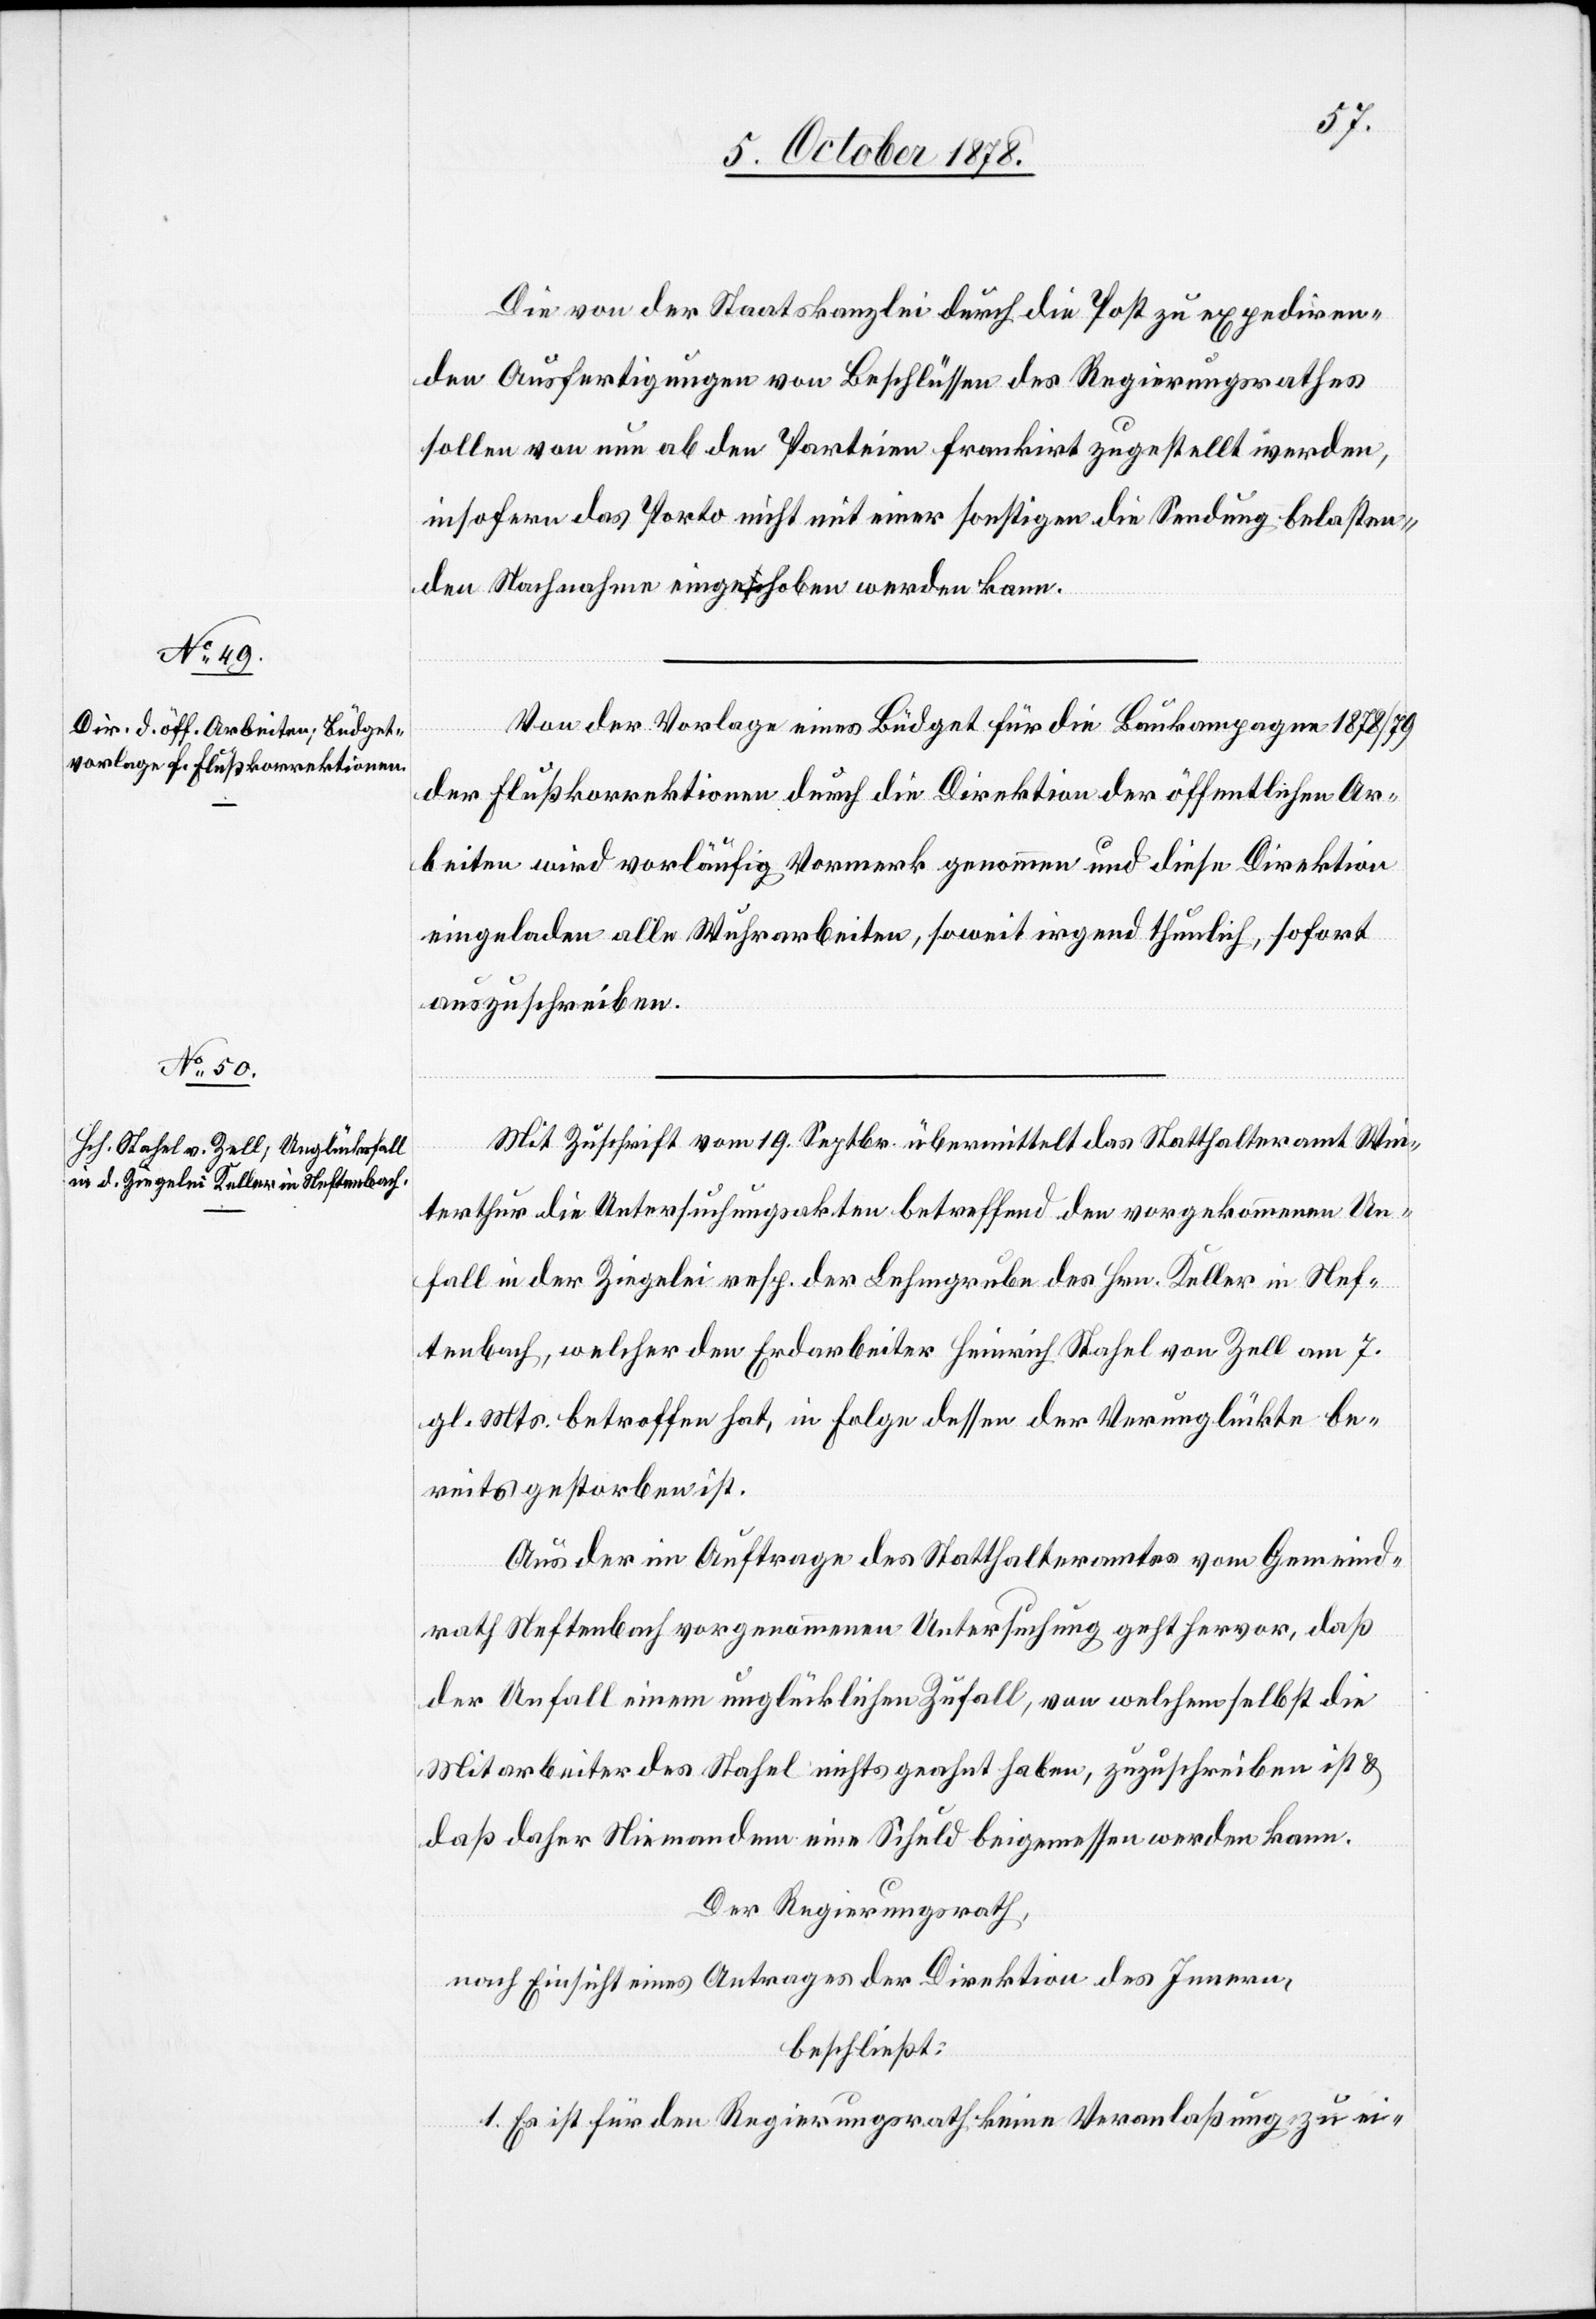
Die von der Staatskanzlei durch die Post zu expediren¬
den Ausfertigungen von Beschlüssen des Regierungsrathes
sollen von nun ab den Parteien frankrit zugestellt werden,
insofern das Porto nicht mit einer sonstigen die Sendung belasten¬
den Nachnahme eingeschoben werden kann.
Von der Vorlage eines Büdget für die Baukampagne 1878/79
der Flußkorrektionen durch die Direktion der öffentlichen Ar¬
beiten wird vorläufig Vormerk genommen und diese Direktion
eingeladen alle Wuhrarbeiten, soweit irgend thunlich, sofort
auszuschreiben.
Mit Zuschrift vom 19. Septbr. übermittelt das Statthalteramt Win¬
terthur die Untersuchungsakten betreffend den vorgekommenen Un¬
fall in der Ziegelei resp. der Lehmgrube des Hrn. Keller in Nef¬
tenbach, welcher den Erdarbeiter Heinrich Stahel von Zell am 7.
gl. Mts. betroffen hat, in Folge dessen der Verunglückte be¬
reits gestorben ist.
Aus der im Auftrage des Statthalteramtes vom Gemeind¬
rath Neftenbach vorgenommenen Untersuchung geht hervor, daß
der Unfall einem unglücklichen Zufall, von welchem selbst die
Mitarbeiter des Stahel nichts geahnt haben, zuzuschreiben ist &
daß daher Niemandem eine Schuld beigemessen werden kann.
Der Regierungsrath,
nach Einsicht eines Antrages der Direktion des Innern,
beschließt:
1. Es ist für den Regierungsrath keine Veranlaßung zu ei-